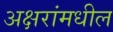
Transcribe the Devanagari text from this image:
अक्षरांमधील